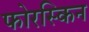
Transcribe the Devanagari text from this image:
फोरस्किन